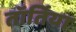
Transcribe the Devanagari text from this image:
तॉर्तिया